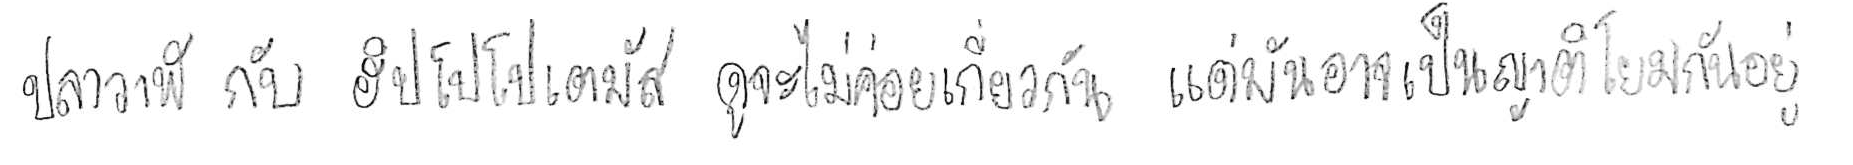
ปลาวาฬ กับ ฮิปโปโปเตมัส ดูจะไม่ค่อยเกี่ยวกัน แต่มันอาจเป็นญาติโยมกันอยู่